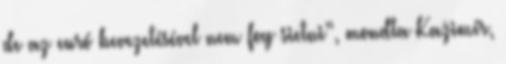
de az euró bevezetésével nem fog sietni“, mondta Kažimír,